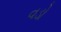
વડો